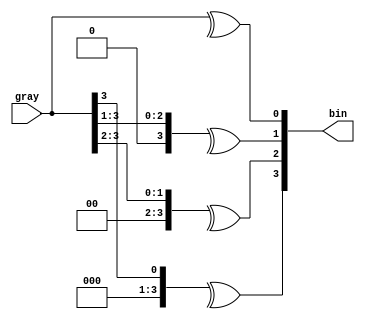
module gray_to_bin
# (
    parameter N = 4
)
(
    input      [N-1:0] gray,
    output reg [N-1:0] bin
);

    integer i;

    always @*
        for (i = 0; i < N; i = i + 1)
            bin [i] = ^ (gray >> i);

endmodule